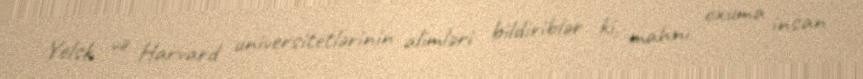
Yelsk və Harvard universitetlərinin alimləri bildiriblər ki, mahnı oxuma insan